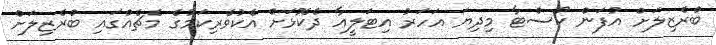
ބްރެޒިލަށް އުފަން ކޯސްޓާ މިދިޔަ އަހަރު އިޓަލީއާ ދެކޮޅަށް އެކުވެރިކަމުގެ މެޗެއްގައި ބްރެޒިލަށް